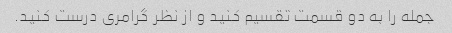
جمله را به دو قسمت تقسیم کنید و از نظر گرامری درست کنید.